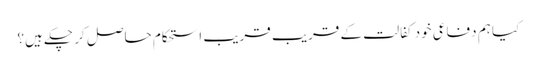
کیا ہم دفاعی خود کفالت کے قریب قریب استحکام حاصل کر چکے ہیں؟